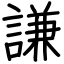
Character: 謙